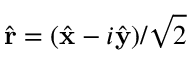
\hat { \bf r } = ( \hat { \bf x } - i \hat { \bf y } ) / \sqrt { 2 }